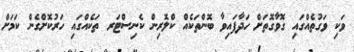
ވަކި ވަގުތެއްގައި ގޮވާގޮތަށް ހަދާފައިވާ ބޮންތަކެއް ކްލޮރިން ކެނިސްޓަރ ތަކެއްގައި ހަރުކޮށްގެން ކަމަށް